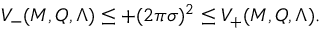
V _ { - } ( M , Q , \Lambda ) \leq + ( 2 \pi \sigma ) ^ { 2 } \leq V _ { + } ( M , Q , \Lambda ) .